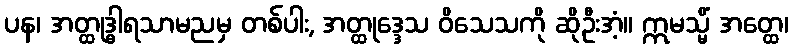
ပန၊ အတ္ထုဒ္ဓါရသာမညမှ တစ်ပါး, အတ္ထုဒ္ဒေသ ဝိသေသကို ဆိုဦးအံ့။ ဣမသ္မိံ အတ္ထေ၊